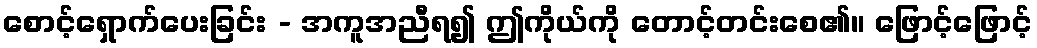
စောင့်ရှောက်ပေးခြင်း - အကူအညီရ၍ ဤကိုယ်ကို တောင့်တင်းစေ၏။ ဖြောင့်ဖြောင့်